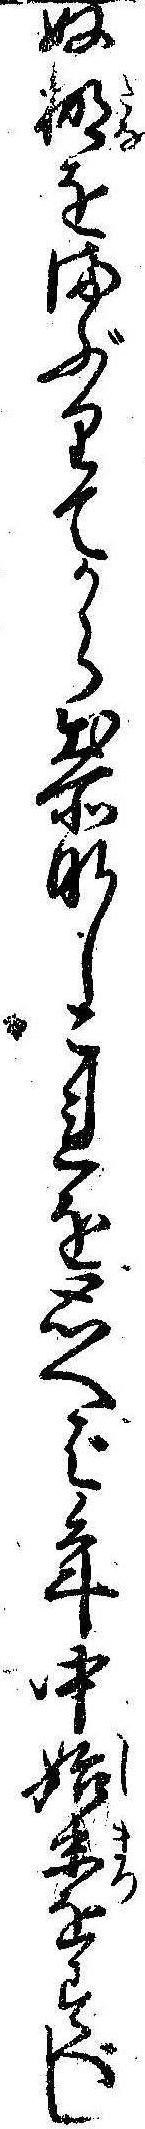
ぬ棚をまぶりてから出所なしこれを思へば年中始末をすべし